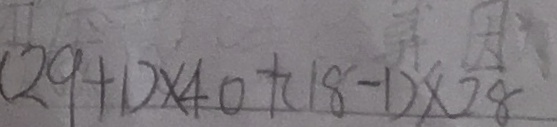
( 2 9 + 1 ) \times 4 0 + ( 1 8 - 1 ) \times 2 8